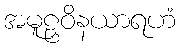
အမူဠှဝိနယာရဟံ